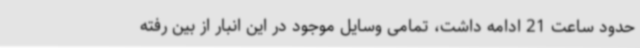
حدود ساعت 21 ادامه داشت، تمامی وسایل موجود در این انبار از بین رفته